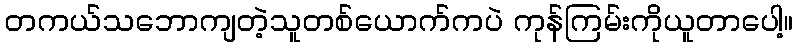
တကယ်သဘောကျတဲ့သူတစ်ယောက်ကပဲ ကုန်ကြမ်းကိုယူတာပေါ့။